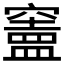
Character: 𥨠